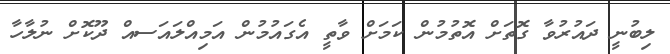
ލިބުނީ ދައުރުވާ ގޮތަށް އޮތުމުން ކަމަށް ވާތީ އެގައުމުން އަމިއްލައަސއް ދޫކޮށް ނުލާހާ